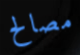
مصالح